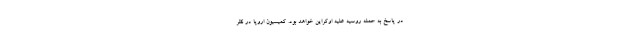
در پاسخ به حمله روسیه علیه اوکراین خواهد بود. کمیسیون اروپا در نظر